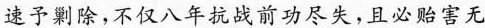
速予剿除，不仅八年抗战前功尽失，且必贻害无